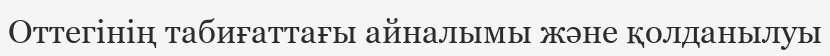
Оттегінің табиғаттағы айналымы және қолданылуы